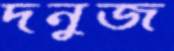
দনুজ